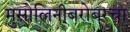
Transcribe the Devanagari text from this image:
मुसोलिनीबरोबरचा